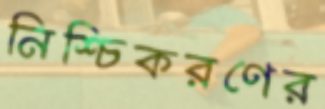
নিশ্চিকরণের